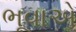
ભૂવાએ